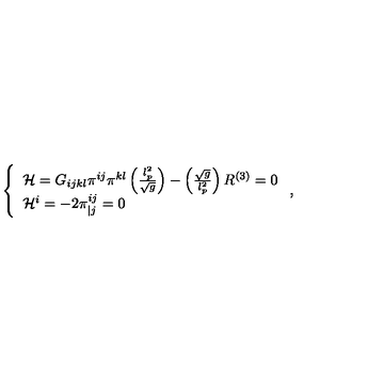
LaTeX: \left\{ \begin{array} { l } { { \cal H } = G _ { i j k l } \pi ^ { i j } \pi ^ { k l } \left( \frac { l _ { p } ^ { 2 } } { \sqrt { g } } \right) - \left( \frac { \sqrt { g } } { l _ { p } ^ { 2 } } \right) R ^ { \left( 3 \right) } = 0 } \\ { { \cal H } ^ { i } = - 2 \pi _ { | j } ^ { i j } = 0 } \\ \end{array} \right. ,